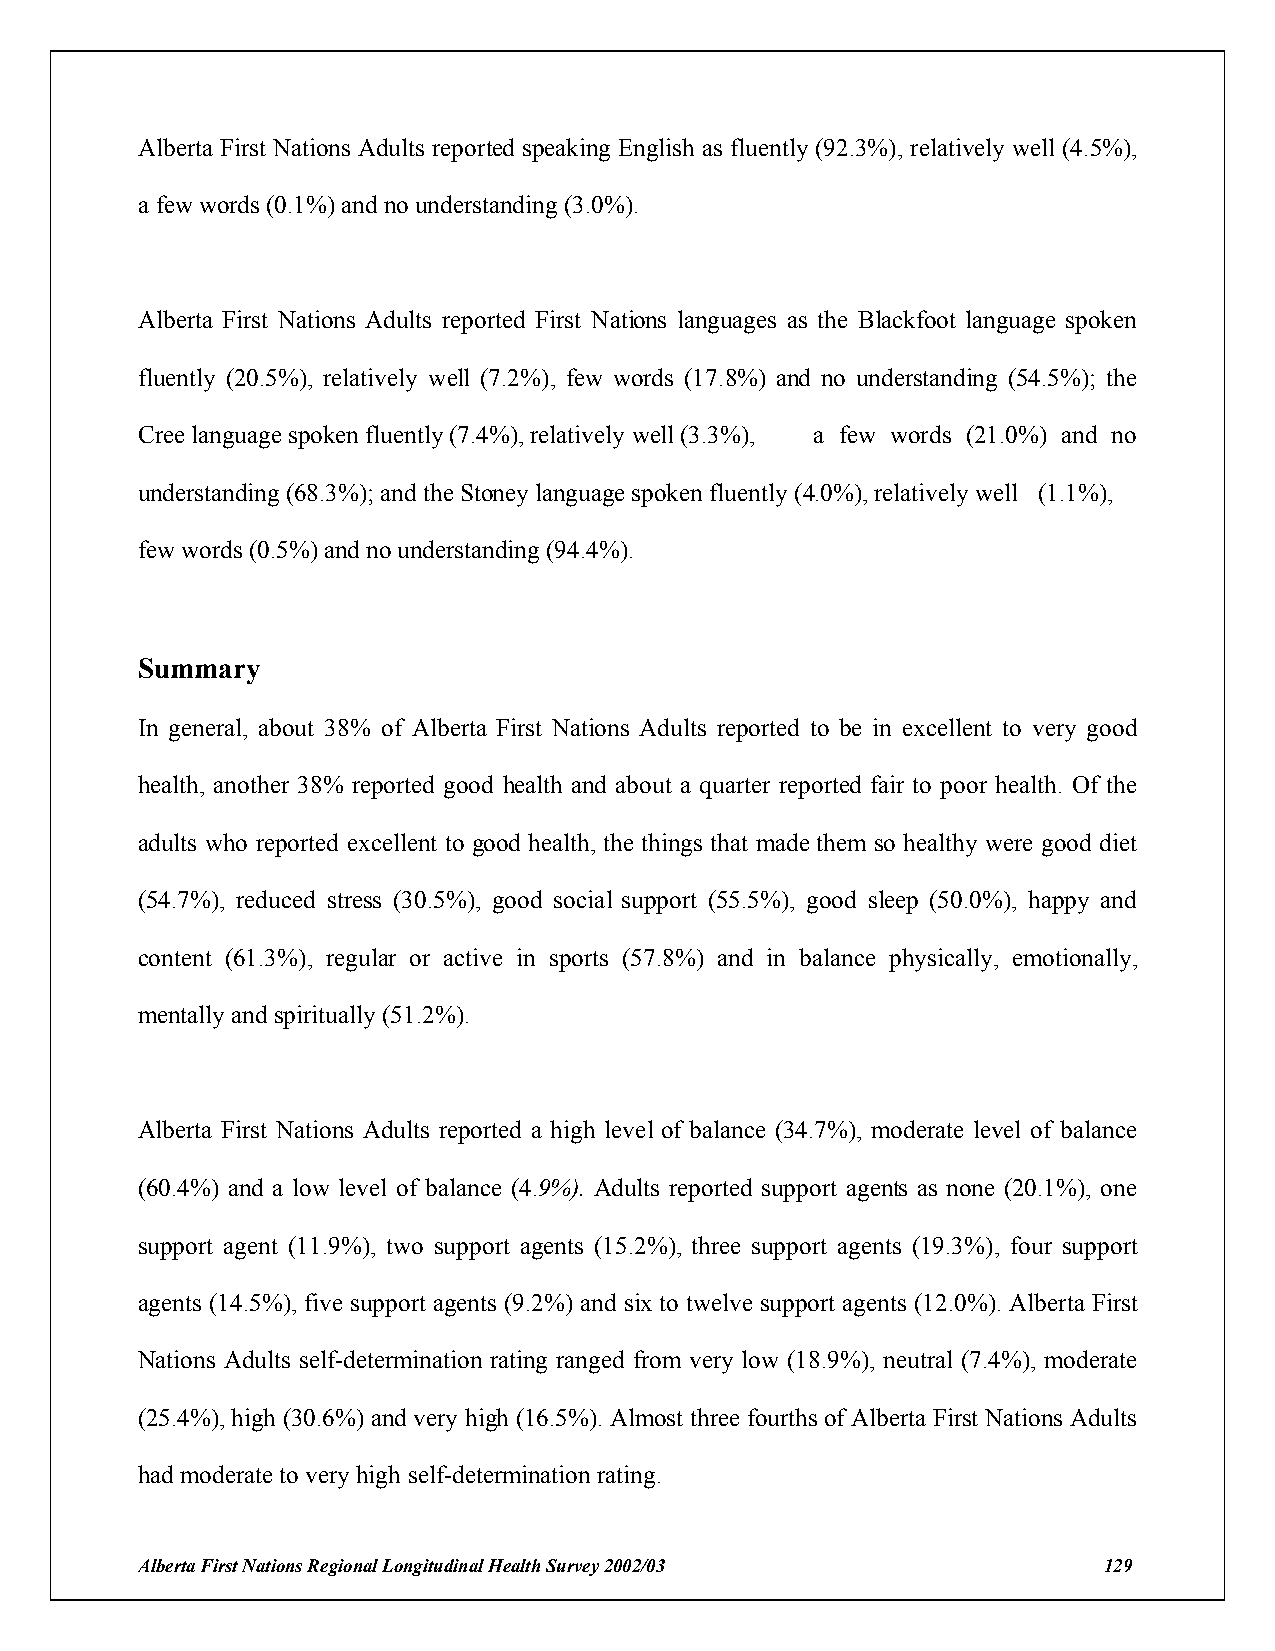
Alberta First Nations Adults reported speaking English as fluently (92.3%), relatively well (4.5%),
 a few words (0.1%) and no understanding (3.0%).
 Alberta First Nations Adults reported First Nations languages as the Blackfoot language spoken
 fluently (20.5%), relatively well (7.2%), few words (17.8%) and no understanding (54.5%); the
 Cree language spoken fluently (7.4%), relatively well (3.3%), a few words (21.0%) and no
 understanding (68.3%); and the Stoney language spoken fluently (4.0%), relatively well (1.1%),
 few words (0.5%) and no understanding (94.4%).
 Summary
 In general, about 38% of Alberta First Nations Adults reported to be in excellent to very good
 health, another 38% reported good health and about a quarter reported fair to poor health. Of the
 adults who reported excellent to good health, the things that made them so healthy were good diet
 (54.7%), reduced stress (30.5%), good social support (55.5%), good sleep (50.0%), happy and
 content (61.3%), regular or active in sports (57.8%) and in balance physically, emotionally,
 mentally and spiritually (51.2%).
 Alberta First Nations Adults reported a high level of balance (34.7%), moderate level of balance
 (60.4%) and a low level of balance (4.9%). Adults reported support agents as none (20.1%), one
 support agent (11.9%), two support agents (15.2%), three support agents (19.3%), four support
 agents (14.5%), five support agents (9.2%) and six to twelve support agents (12.0%). Alberta First
 Nations Adults self-determination rating ranged from very low (18.9%), neutral (7.4%), moderate
 (25.4%), high (30.6%) and very high (16.5%). Almost three fourths of Alberta First Nations Adults
 had moderate to very high self-determination rating.
 Alberta First Nations Regional Longitudinal Health Survey 2002/03 129